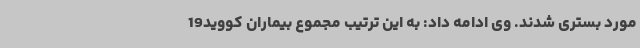
مورد بستری شدند. وی ادامه داد: به این ترتیب مجموع بیماران کووید19